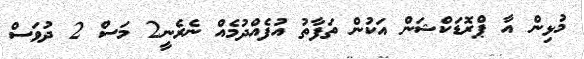
މުޅިން އާ ޕްރޮޑަކްޝަން އަކުން ތަފާތު އުފެއްދުމެއް ނެރެނީ2 މަސް 2 ދުވަސް